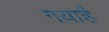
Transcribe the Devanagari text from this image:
गयाहै